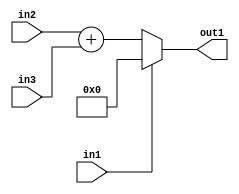
`timescale 1ps / 1ps
/*****************************************************************************
    Verilog RTL Description
    
    
    Created by: Stratus DpOpt 21.05.01 
*******************************************************************************/

module dut_entirecomputation_alt19_4 (
	in1,
	in2,
	in3,
	out1
	); /* architecture "behavioural" */ 
input  in1;
input [12:0] in2,
	in3;
output [13:0] out1;
wire [13:0] asc001,
	asc002;

assign asc002 = 
	+(in2)
	+(in3);

reg [13:0] asc001_tmp_0;
assign asc001 = asc001_tmp_0;
always @ (in1 or asc002) begin
	case (in1)
		1'B1 : asc001_tmp_0 = 14'B00000000000000 ;
		default : asc001_tmp_0 = asc002 ;
	endcase
end

assign out1 = asc001;
endmodule

/* CADENCE  v7H0Qg8= : u9/ySxbfrwZIxEzHVQQV8Q== ** DO NOT EDIT THIS LINE ******/